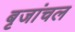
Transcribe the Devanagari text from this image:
बृजांचल